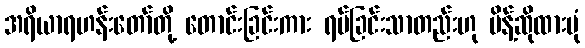
အရိယာရဟန်းတော်တို့ တောင်းခြင်းကား ရပ်ခြင်းသာတည်းဟု မိန့်ဆိုထားပုံ